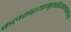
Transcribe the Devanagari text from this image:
कलशद्वयामृतसैराप्लावयन्तं